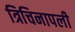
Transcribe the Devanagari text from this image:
त्रिचिनापली